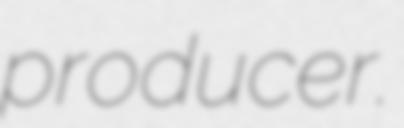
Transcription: producer.